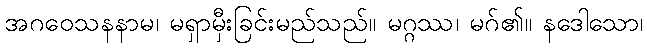
အဂဝေသနနာမ၊ မရှာမှီးခြင်းမည်သည်။ မဂ္ဂဿ၊ မဂ်၏။ နဒေါသော၊